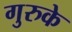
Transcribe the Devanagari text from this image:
गुरुके